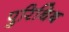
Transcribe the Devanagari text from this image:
पुरिथिब